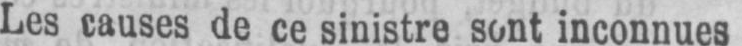
Les causes de ce sinistre sont inconnues